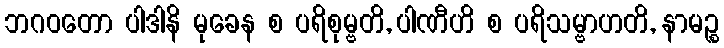
ဘဂဝတော ပါဒါနိ မုခေန စ ပရိစုမ္ဗတိ, ပါဏီဟိ စ ပရိသမ္ဗာဟတိ, နာမဉ္စ